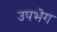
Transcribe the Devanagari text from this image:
उपभेग